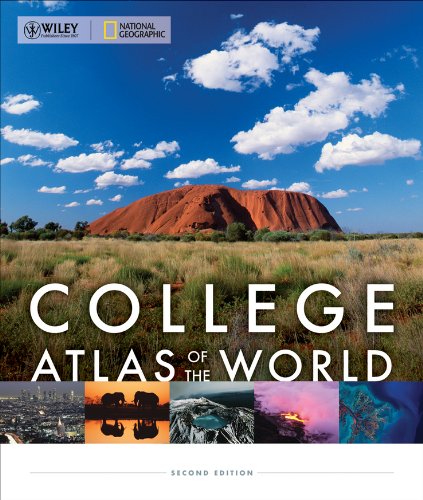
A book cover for Wiley/National Geographic College Atlas of the World; Harm J. de Blij; Reference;